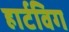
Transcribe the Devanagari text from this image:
हार्टविग